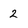
Character: 2